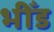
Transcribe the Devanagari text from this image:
भीँड